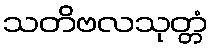
သတိဗလသုတ္တံ